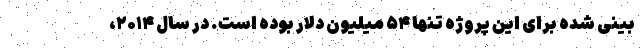
بینی شده برای این پروژه تنها ۵۴ میلیون دلار بوده است. در سال ۲۰۱۴،